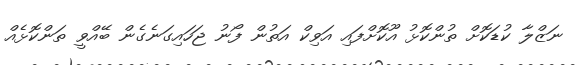
ނަޒްލާ ކުޑަކޮށް ތުންކޮޅު އޫކޮށްފައި އަވިކް އަތުން ފޯނު ޖަހައިގަނެގެން ބޭއްވީ ތަންކޮޅެއް